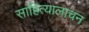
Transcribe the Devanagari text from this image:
साहित्यालाचन